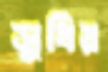
সুধির